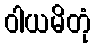
ဝါယမိတုံ